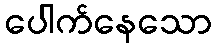
ပေါက်နေသော